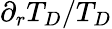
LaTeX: {\partial_{r}T_{D}/T_{D}}